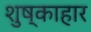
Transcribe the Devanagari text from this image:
शुष्काहार